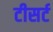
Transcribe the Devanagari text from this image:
टीसर्ट